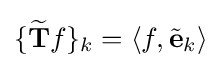
\{{\widetilde {\mathbf {T} }}f\}_{k}=\langle f,{\tilde {\mathbf {e} }}_{k}\rangle